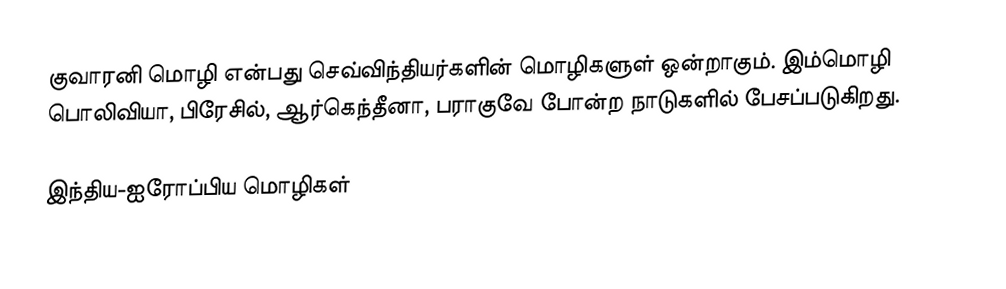
குவாரனி மொழி என்பது செவ்விந்தியர்களின் மொழிகளுள் ஒன்றாகும். இம்மொழி பொலிவியா, பிரேசில், ஆர்கெந்தீனா, பராகுவே போன்ற நாடுகளில் பேசப்படுகிறது.

இந்திய-ஐரோப்பிய மொழிகள்